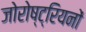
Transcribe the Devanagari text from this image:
जोरोष्ट्रियनों